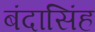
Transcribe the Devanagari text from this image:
बंदासिंह